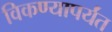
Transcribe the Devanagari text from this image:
विकण्यापर्यंत